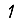
Digit: 1